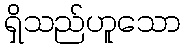
ရှိသည်ဟူသော